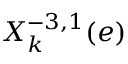
X _ { k } ^ { - 3 , 1 } ( e )